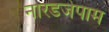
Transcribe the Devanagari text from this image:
नारडजेपाम